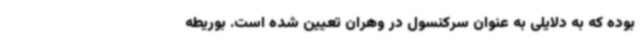
بوده که به دلایلی به عنوان سرکنسول در وهران تعیین شده است. بوریطه